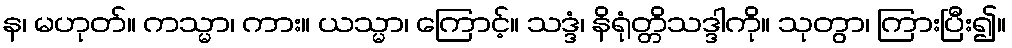
န၊ မဟုတ်။ ကသ္မာ၊ ကား။ ယသ္မာ၊ ကြောင့်။ သဒ္ဒံ၊ နိရုံတ္တိသဒ္ဒါကို။ သုတွာ၊ ကြားပြီး၍။